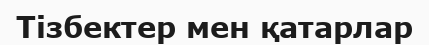
Тізбектер мен қатарлар